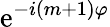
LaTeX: \mathrm{e}^{-i(m+1)\varphi}